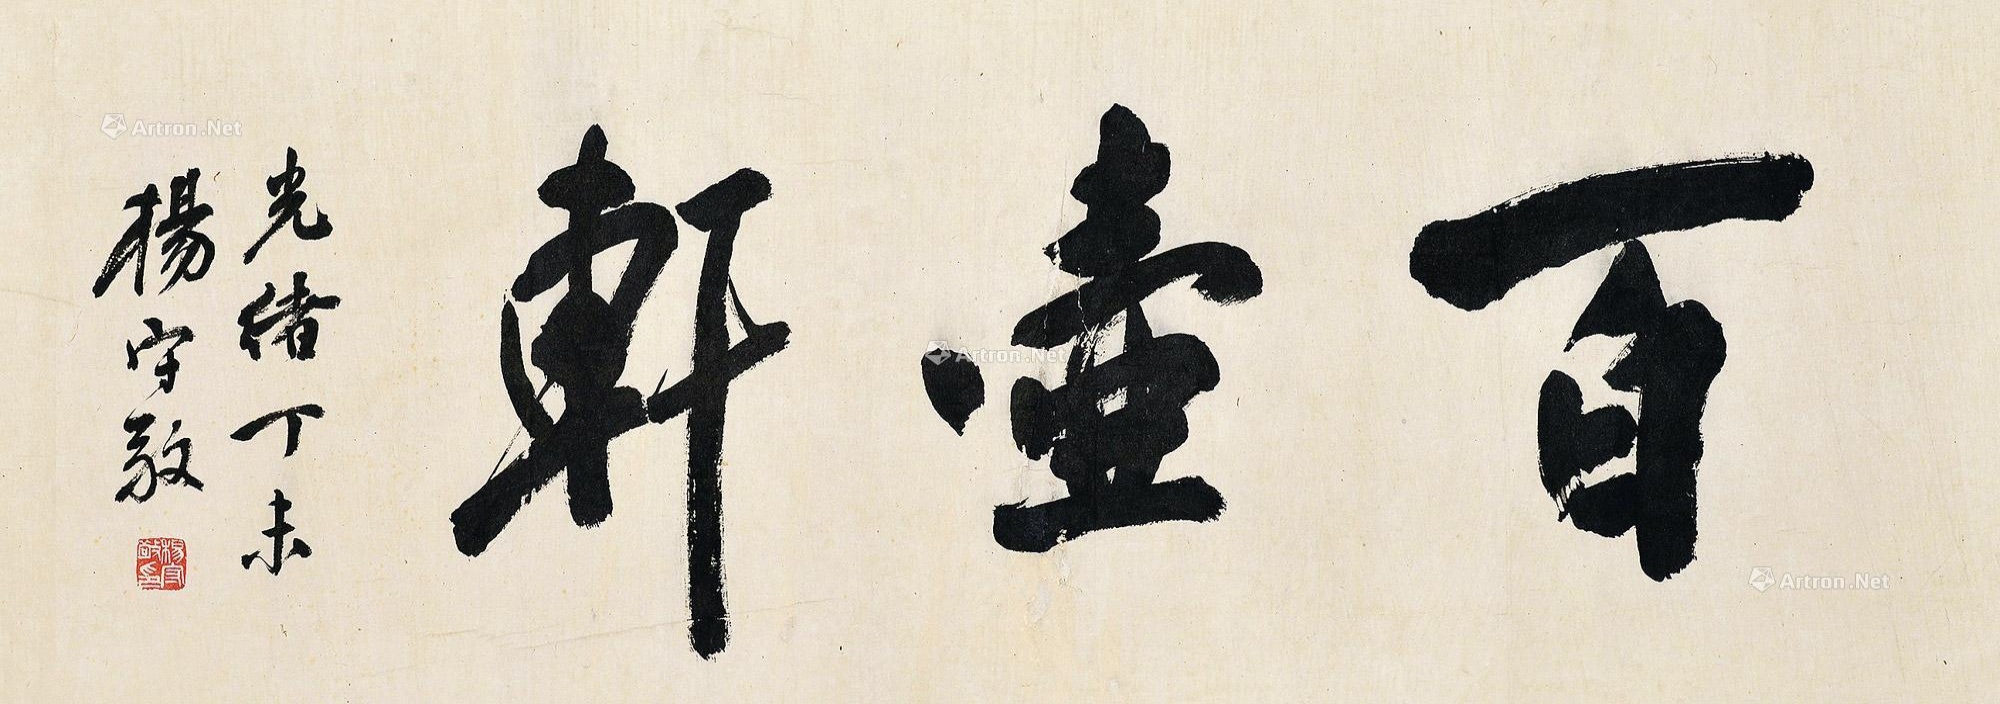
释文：百壶轩。光绪丁未，杨守敬。